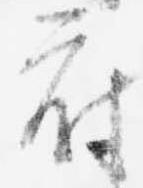
府